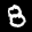
Label: 8